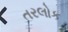
તરલોક